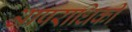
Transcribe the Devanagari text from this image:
आपराधिकी